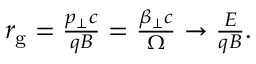
\begin{array} { r } { r _ { \mathrm { g } } = \frac { p _ { \perp } c } { q B } = \frac { \beta _ { \perp } c } { \Omega } \to \frac { E } { q B } . } \end{array}